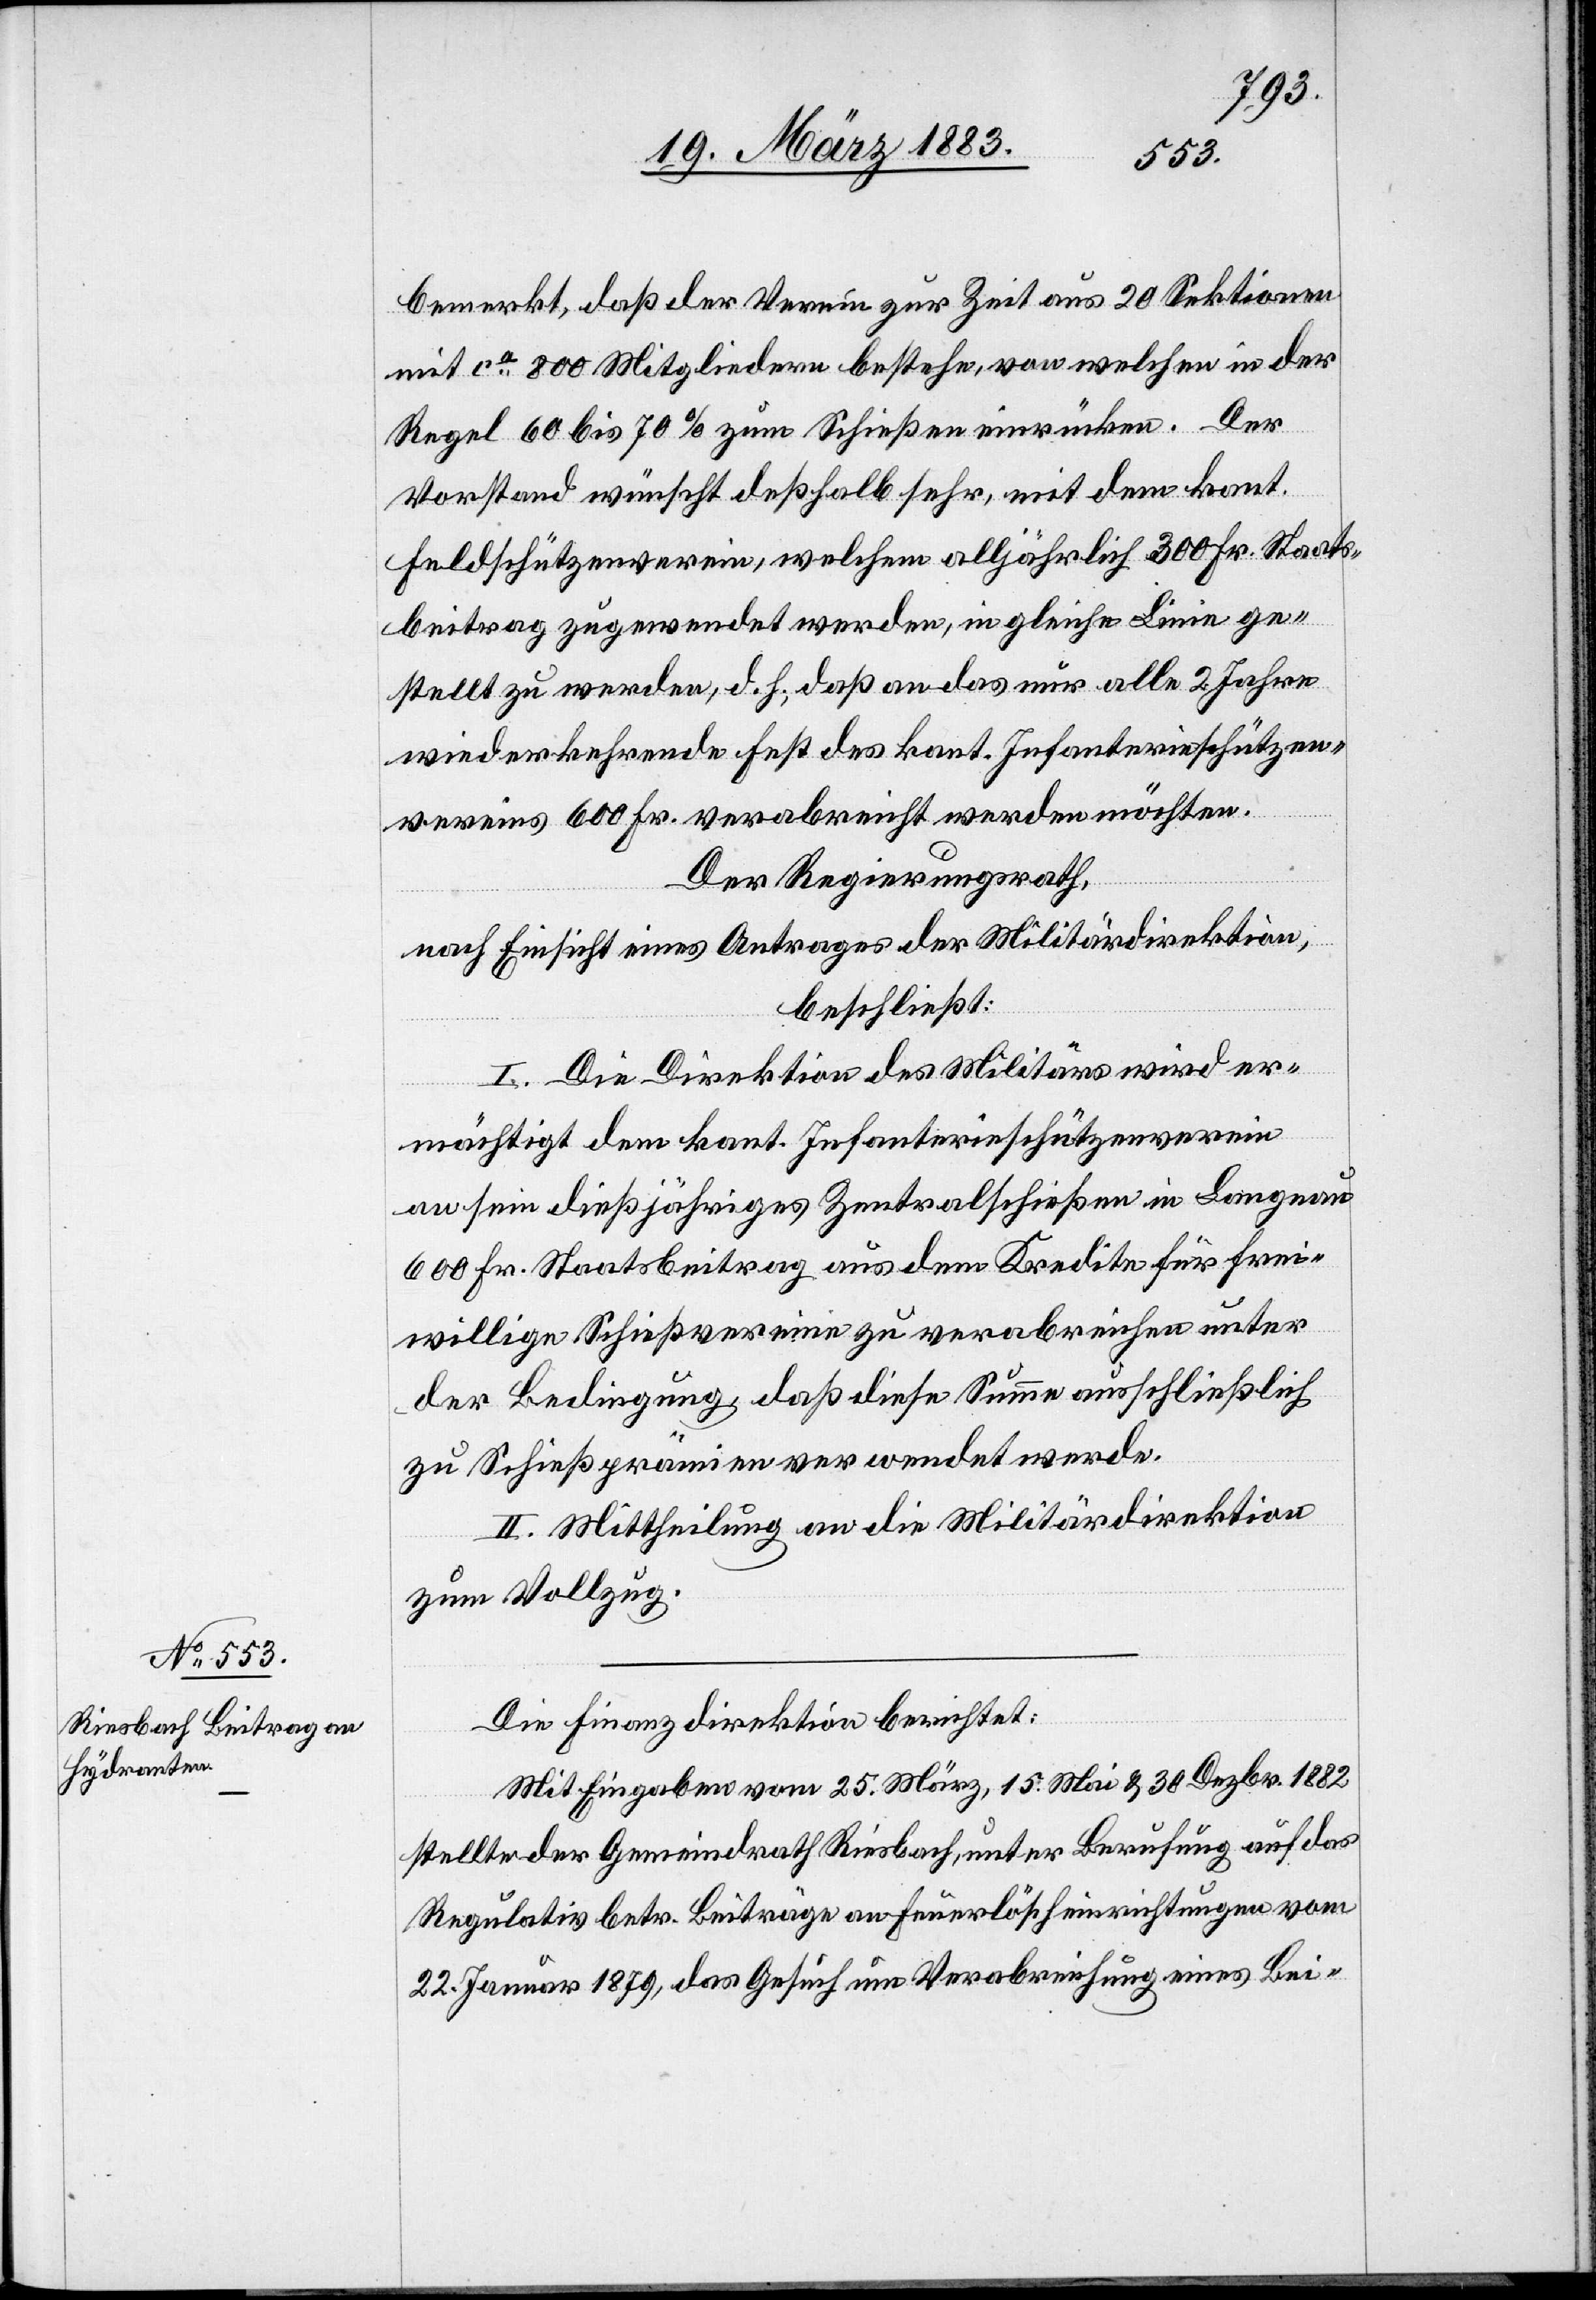
bemerkt, daß der Verein zur Zeit aus 20 Sektionen
mit ca 800 Mitgliedern bestehe, von welchen in der
Regel 60 bis 70% zum Schießen einrücken. Der
Vorstand wünscht deßhalb sehr, mit dem kant.
Feldschützenverein, welchem alljährlich 300 Fr. Staats¬
beitrag zugwendet werden, in gleiche Linie ge¬
stellt zu werden, d. h., daß an das nur alle 2 Jahre
wiederkehrende Fest des kant. Infanterieschützen¬
vereins 600 Fr. verabreicht werden möchten.
Der Regierungsrath,
nach Einsicht eines Antrages der Militärdirektion,
beschließt:
I. Die Direktion des Militärs wird er¬
mächtigt, dem kant. Infanterieschützenverein
an sein dießjähriges Zentralschießen in Langnau
600 Fr. Staatsbeitrag aus dem Kredite für frei¬
willige Schießvereine zu verabreichen unter
der Bedingung, daß diese Summe ausschließlich
zu Schießprämien verwendet werde.
II. Mittheilung an die Militärdirektion
zum Vollzug.
Die Finanzdirektion berichtet:
Mit Eingaben vom 25. März, 15. Mai & 30. Dezbr. 1882
stellte der Gemeindrath Riesbach, unter Berufung auf das
Regulativ betr. Beiträge an Feuerlöscheinrichtungen vom
22. Januar 1879, das Gesuch um Verabreichung eines Bei-